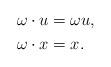
LaTeX: \begin{align*}\omega\cdot u &=\omega u,\\ \omega\cdot x &= x. \end{align*}